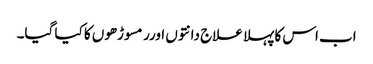
اب اس کا پہلا علاج دانتوں اورر مسوڑھوں کا کیا گیا۔